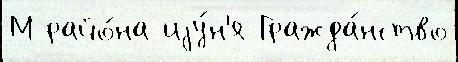
М райо́на иjу́н'я Гражда́нство